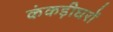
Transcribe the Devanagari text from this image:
कंकड़ीघरों